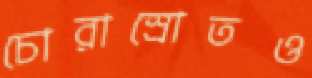
চোরাস্রোতও